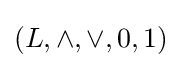
(L,\wedge ,\vee ,0,1)